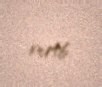
verib.